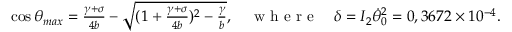
\begin{array} { r } { \cos \theta _ { m a x } = \frac { \gamma + \sigma } { 4 b } - \sqrt { ( 1 + \frac { \gamma + \sigma } { 4 b } ) ^ { 2 } - \frac { \gamma } { b } } , \quad \mathrm { ~ w ~ h ~ e ~ r ~ e ~ } \quad \delta = I _ { 2 } \dot { \theta } _ { 0 } ^ { 2 } = 0 , 3 6 7 2 \times 1 0 ^ { - 4 } . } \end{array}